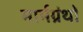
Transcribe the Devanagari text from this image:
मार्मग्रंथों